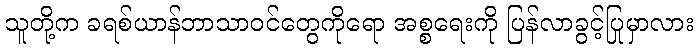
သူတို့က ခရစ်ယာန်ဘာသာဝင်တွေကိုရော အစ္စရေးကို ပြန်လာခွင့်ပြုမှာလား